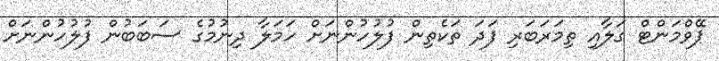
ޕޭވްމަންޓް ގަލާއި ތިމަރަބަރި ފަދަ ތަކެތިން ފުލުހުންނަށް ހަމަލާ ދިނުމުގެ ސަބަބުން ފުލުހުންނަށް